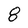
Character: 8